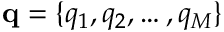
\mathbf { q } = \{ q _ { 1 } , q _ { 2 } , \dots , q _ { M } \}